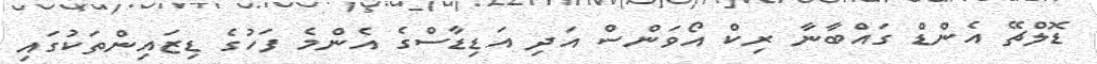
ޑޮލްޗޭ އެންޑް ގައްބާނާ ރިކް އޯވަންސް އަދި އަޑިޑާސްގެ އެންމެ ފަހުގެ ޑިޒައިންތަކުގައި